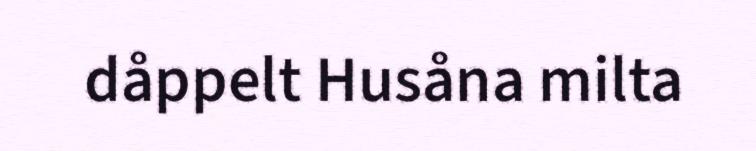
dåppelt Husåna milta